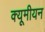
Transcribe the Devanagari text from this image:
क्यूमीयन